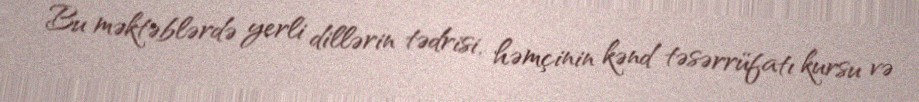
Bu məktəblərdə yerli dillərin tədrisi, həmçinin kənd təsərrüfatı kursu və